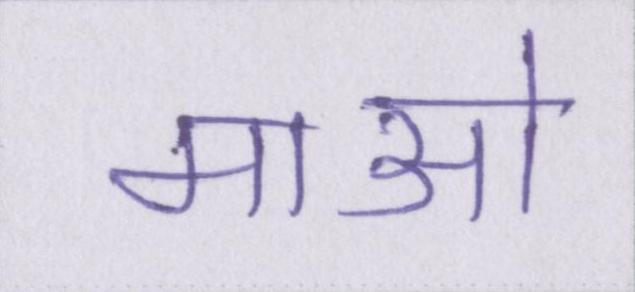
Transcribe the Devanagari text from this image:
माओ